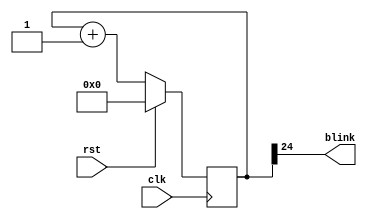
/*
   This file was generated automatically by the Mojo IDE version B1.3.6.
   Do not edit this file directly. Instead edit the original Lucid source.
   This is a temporary file and any changes made to it will be destroyed.
*/

module blinker_4 (
    input clk,
    input rst,
    output reg blink
  );
  
  
  
  reg [24:0] M_counter_d, M_counter_q = 1'h0;
  
  always @* begin
    M_counter_d = M_counter_q;
    
    blink = M_counter_q[24+0-:1];
    M_counter_d = M_counter_q + 1'h1;
  end
  
  always @(posedge clk) begin
    if (rst == 1'b1) begin
      M_counter_q <= 1'h0;
    end else begin
      M_counter_q <= M_counter_d;
    end
  end
  
endmodule